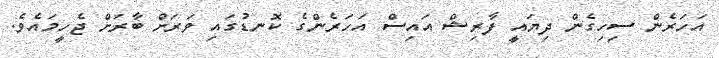
އަހަރެން ސިހިގެން ދިޔައީ ފާރިޝް އައިސް އަހަރެންގެ ކޮނޑުގައި ވަރަށް ބާރަށް ޖެހީމައެވެ.